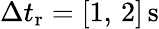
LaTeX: \Delta t_{\mathrm{r}}=[1,\, 2]\, \mathrm{s}